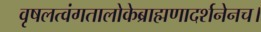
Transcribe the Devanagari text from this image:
वृषलत्वंगतालोकेब्राह्मणादर्शनेनच।